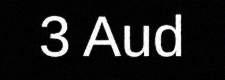
3 Aud